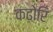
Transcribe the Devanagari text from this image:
कढ़ोरि